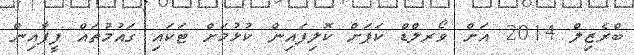
ބްރެޒިލް 2014 އަށް ވޯރލްޑް ކަޕަށް ކޮލިފައިން ކުޅުމަށް ޓަކައި ގައުމުތައް ފީފާއިން